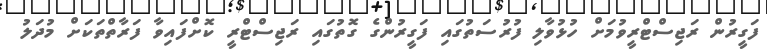
ފަގީރުން ރަޖިސްޓްރީވުމަށް ހުޅުވާލި ފުރުސަތުގައި ފަގީރުންގެ ގޮތުގައި ރަޖިސްޓްރީ ކޮށްފައިވާ ފަރާތްތަކަށް މުދަލު